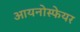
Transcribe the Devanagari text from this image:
आयनोस्फेयर